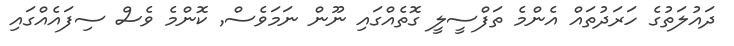
ދައުލަތުގެ ހަރަދުތައް އެންމެ ތަފްސީލީ ގޮތެއްގައި ނޫން ނަމަވެސް